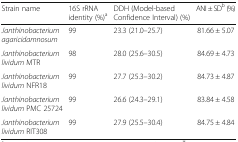
<table><thead><tr><td><b>Strain name</b></td><td><b>16S rRNA identity (%)<sup>a</sup></b></td><td><b>DDH (Model-based Confidence Interval) (%)</b></td><td><b>ANI ± SD<sup>b</sup> (%)</b></td></tr></thead><tbody><tr><td><i>Janthinobacterium agaricidamnosum</i></td><td>99</td><td>23.3 (21.0–25.7)</td><td>81.66 ± 5.07</td></tr><tr><td><i>Janthinobacterium lividum</i> MTR</td><td>98</td><td>28.0 (25.6–30.5)</td><td>84.69 ± 4.73</td></tr><tr><td><i>Janthinobacterium lividum</i> NFR18</td><td>99</td><td>27.7 (25.3–30.2)</td><td>84.73 ± 4.87</td></tr><tr><td><i>Janthinobacterium lividum</i> PMC 25724</td><td>99</td><td>26.6 (24.3–29.1)</td><td>83.84 ± 4.58</td></tr><tr><td><i>Janthinobacterium lividum</i> RIT308</td><td>99</td><td>27.9 (25.5–30.4)</td><td>84.75 ± 4.84</td></tr></tbody></table>